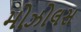
મોઝોલસ